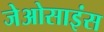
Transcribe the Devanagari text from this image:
जेओसाइंस